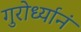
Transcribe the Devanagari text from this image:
गुरोर्ध्यानं